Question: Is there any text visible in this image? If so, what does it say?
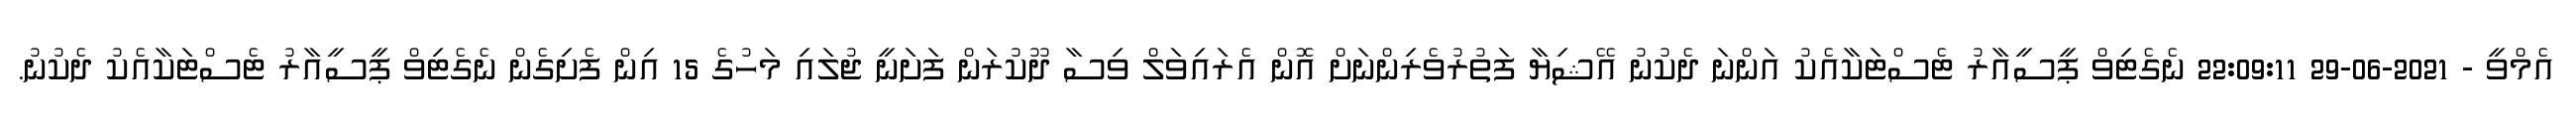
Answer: އެމްވީ - 2021-06-29 22:09:11 ނެގެޓިވް ޕީސީއާރު ޓެސްޓަކާއެކު އަންނަ ދެކުނު އޭޝިޔާ ފަތުރުވެރިންނަށް އޮން އެރައިވަލް ވިސާ ދޫކުރަން ފަށަނީ ޖުލައި މަހުގެ 15 އިން ފެށިގެން ނެގެޓިވް ޕީސީއާރު ޓެސްޓަކާއެކު ދެކުނު.